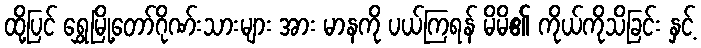
ထို့ပြင် ရွှေမြို့တော်ဂိုဏ်းသားများ အား မာနကို ပယ်ကြရန် မိမိ၏ ကိုယ်ကိုသိခြင်း နှင့်